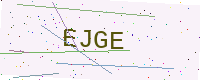
Text: EJGE